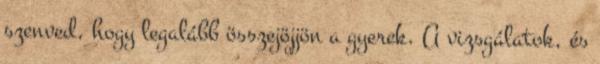
szenved, hogy legalább összejöjjön a gyerek. A vizsgálatok, és